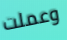
وعملت